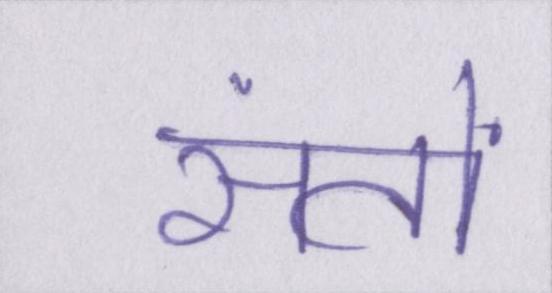
संतों